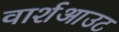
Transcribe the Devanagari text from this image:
वार्शआउट